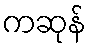
ကဆုန်